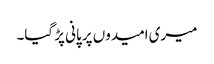
میری امیدوں پر پانی پڑ گیا۔